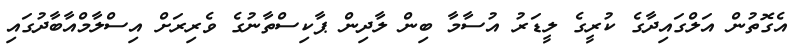
އެގޮތުން އަލްގައިދާގެ ކުރީގެ ލީޑަރު އުސާމާ ބިން ލާދިން ޕާކިސްތާނުގެ ވެރިރަށް އިސްލާމްއާބާދުގައި